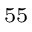
^ { 5 5 }